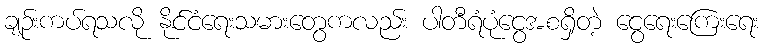
ချဉ်းကပ်ရသလို နိုင်ငံရေးသမားတွေကလည်း ပါတီရံပုံငွေအစရှိတဲ့ ငွေရေးကြေးရေး